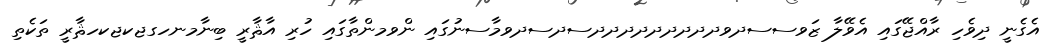
އެގެނީ ދިވެހި ރާއްޖޭގައި އެވޭލާ ޒަވސސދވދދދދދދދދދސދސދވމާސނުގައި ންވމންތާގައި ހުރި އާޘާރީ ބިނާމނހގޖކޖކހޘާރީ ތަކެތި